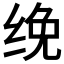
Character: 𰬜